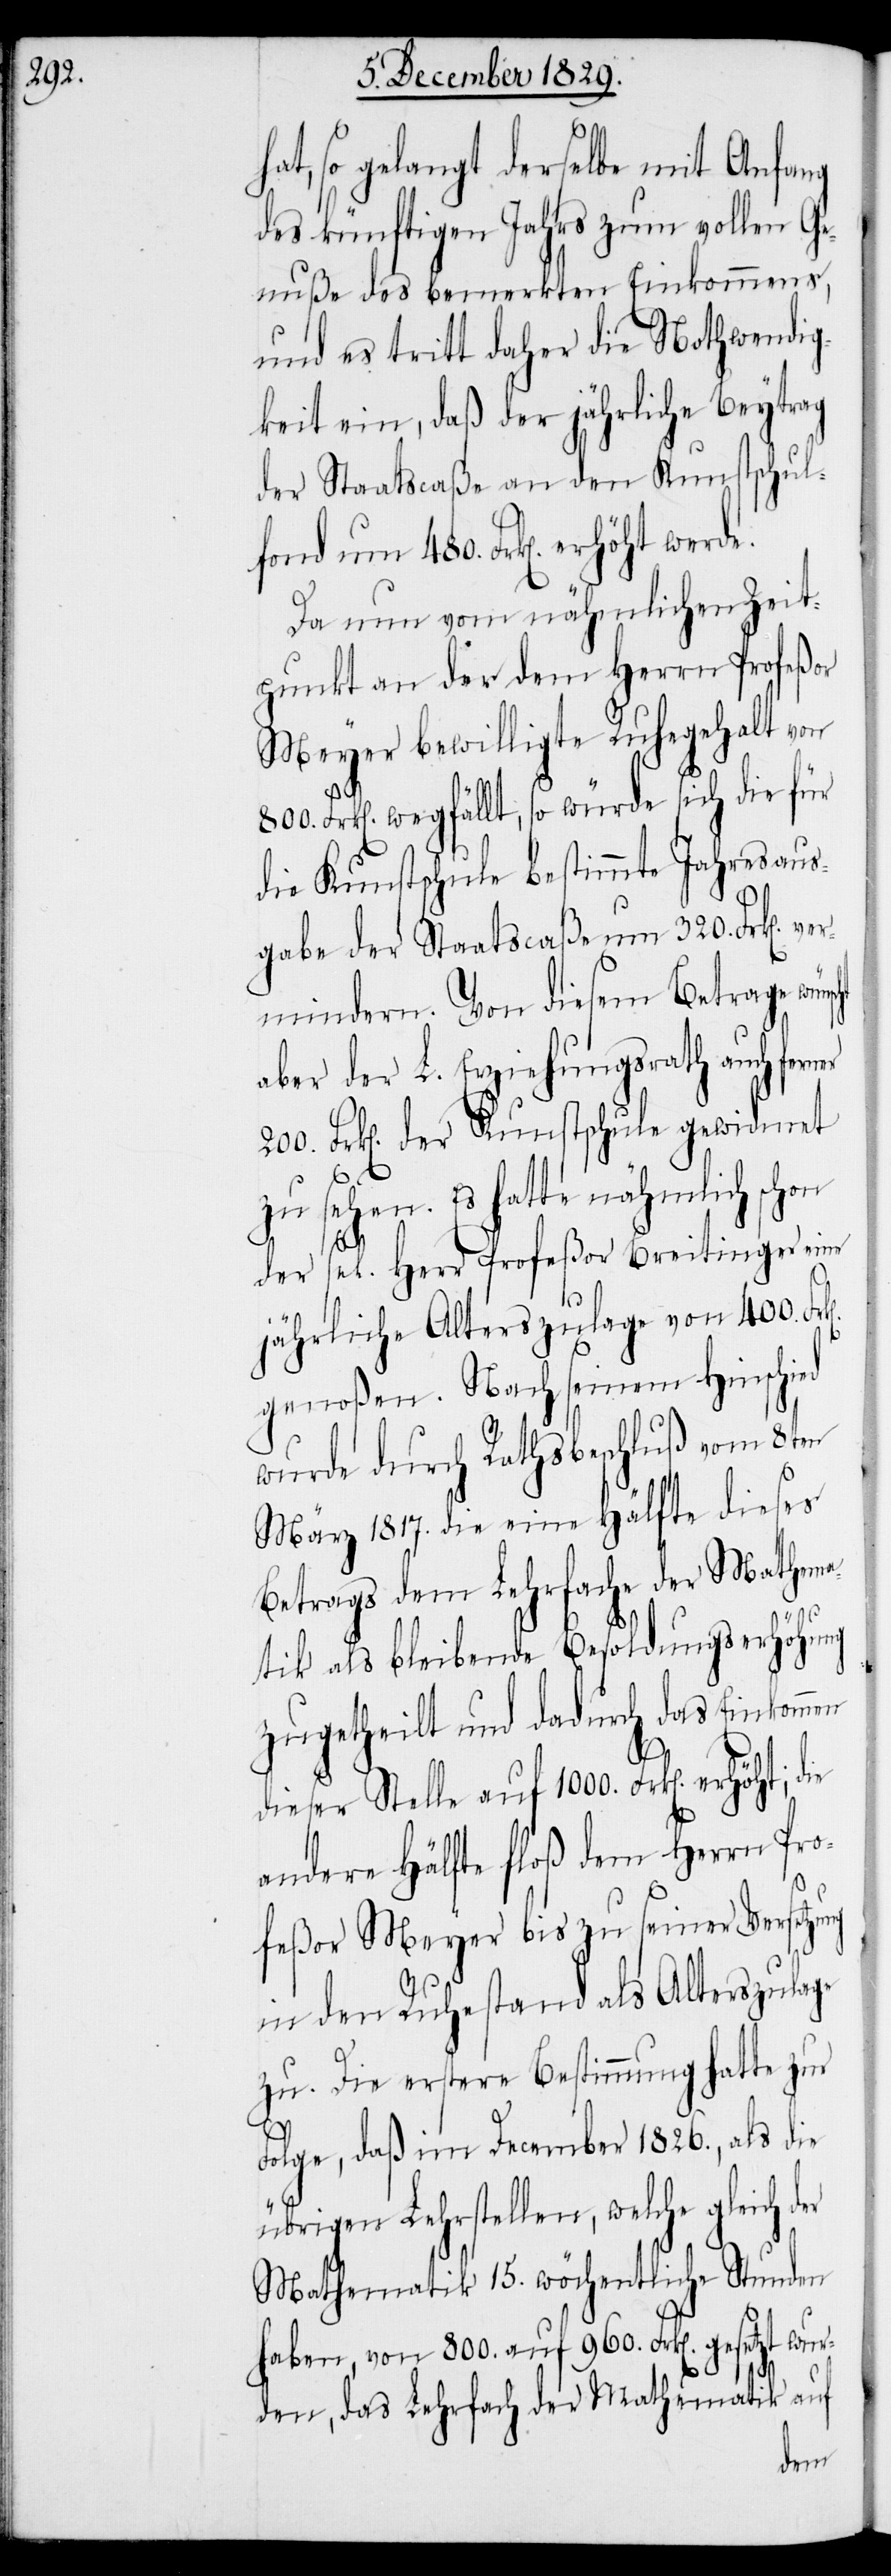
hat, so gelangt derselbe mit Anfang
des künftigen Jahrs zum vollen Ge¬
nuße des bemerkten Einkommens,
und es tritt daher die Nothwendig¬
keit ein, daß der jährliche Beytrag
der Staatscaße an den Kunstschul¬
Da nun vom nähmlichen Zeit¬
punkt an der dem Herrn Profeßor
Meyer bewilligte Ruhegehalt von
Frk[en]. wegfällt, so würde sich die für
die Kunstschule bestimmte Jahresaus¬
gabe der Staatscaßa um 320. Frk[en].
mindern. Von diesem Betrage wün¬
aber der L. Erziehungsrath auch fe¬
Frk[en]. der Kunstschule gewidmet
zu sehen. Es hatte nähmlich schon
rhöht;
der sel. Herr Profeßor Breitinger eine
jährliche Alterszulage von 400.
genoßen. Nach seinem Hinschied
wurde durch Rathsbeschluß vom 8ten
März 1817. die eine Hälfte dieses
Betrags dem Lehrfache der Mathema¬
die
tik als bleibende Besoldungserhöhung
zugetheilt und dadurch das Einkommen
dieser Stelle auf 1000. Frk[en]. e¬
andere Hälfte floß dem Herrn Pro¬
800.
feßor Meyer bis zu seiner Versetzung
in den Ruhestand als Alterszulage
zu. Die erstere Bestimmung hatte zur
Folge, daß im December 1826., als die
übrigen Lehrstellen, welche gleich der
Mathematik 15. wöchentliche Stunden
haben, von 800. auf 960. Frk[en]. gesetzt wur¬
den, das Lehrfach der Mathematik auf